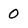
Character: 0